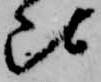
比